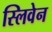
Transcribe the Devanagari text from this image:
स्लिवेन